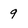
Character: 9